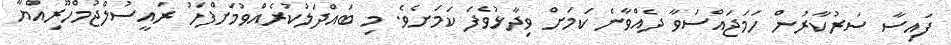
ފައިސާ ސަރުކާރުން ހަމަޖައްސަވާ ދެއްވާނެ ކަމަށް ވިދާޅުވެފަ ކަމަށެވެ. މި ބައްދަލުކުރެއްވުމަށްފަހު ރައީސުލްޖުމްހޫރިއްޔާ